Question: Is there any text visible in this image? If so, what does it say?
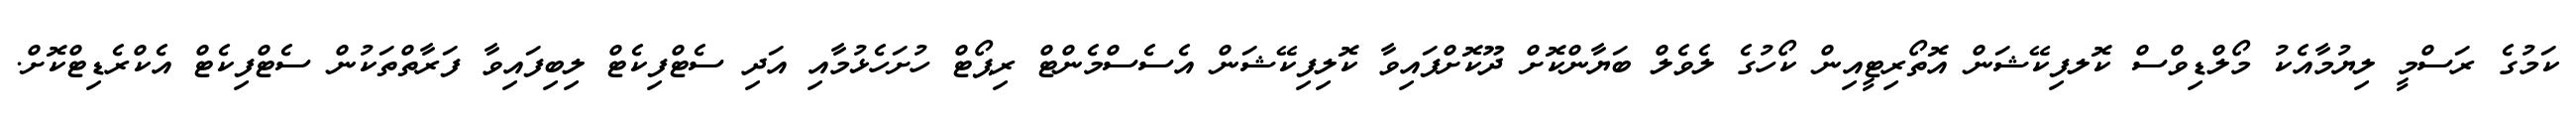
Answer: ކަމުގެ ރަސްމީ ލިޔުމާއެކު މޯލްޑިވްސް ކޮލފިކޭޝަން އޮތޯރިޓީއިން ކޯހުގެ ލެވެލް ބަޔާންކޮށް ދޫކޮށްފައިވާ ކޮލިފިކޭޝަން އެސެސްމެންޓް ރިޕޯޓް ހުށަހެޅުމާއި އަދި ސެޓްފިކެޓް ލިބިފައިވާ ފަރާތްތަކުން ސެޓްފިކެޓް އެކްރެޑިޓްކޮށް.